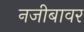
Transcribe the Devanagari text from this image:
नजीबावर